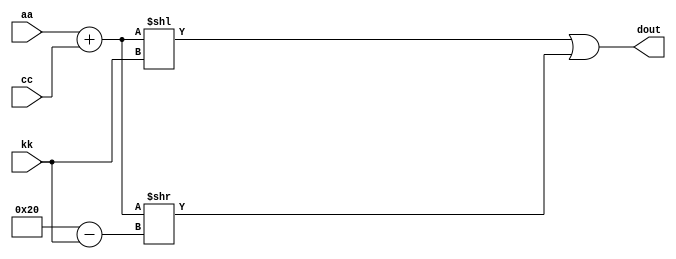
module R(input [32:1] aa,input [32:1] cc,input [32:1] kk,output [32:1] dout);

wire[32:1] temp1,temp2,temp;

assign #50 temp = aa+cc;//

assign temp1=temp<<kk;//

assign temp2=temp>>(32-kk);

assign dout=temp1|temp2;//

endmodule